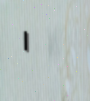
١